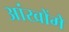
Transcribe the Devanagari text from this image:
आंखोंमें